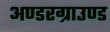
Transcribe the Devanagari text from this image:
अण्डरग्राउण्ड